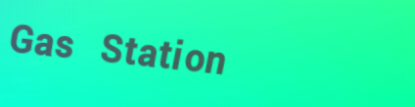
Gas Station